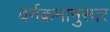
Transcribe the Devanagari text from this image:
वर्नक्रमानुसार